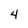
Character: 4